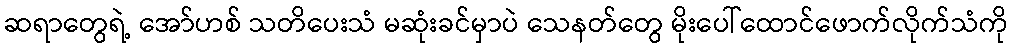
ဆရာတွေရဲ့ အော်ဟစ် သတိပေးသံ မဆုံးခင်မှာပဲ သေနတ်တွေ မိုးပေါ်ထောင်ဖောက်လိုက်သံကို